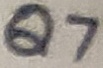
Text: Q7